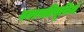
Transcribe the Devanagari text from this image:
वनस्पतिसूचियों